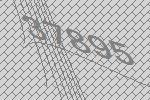
37895